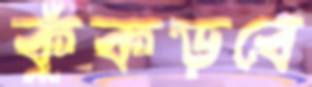
কুঁকড়বে